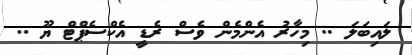
ލައިބަލަ .. މިހާރު އެންމެން ވެސް ރެޑީ އެކްސެޕްޓް ޔޫ ..